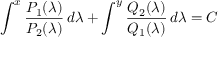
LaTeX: \int ^ { x } { \frac { P _ { 1 } ( \lambda ) } { P _ { 2 } ( \lambda ) } } \, d \lambda + \int ^ { y } { \frac { Q _ { 2 } ( \lambda ) } { Q _ { 1 } ( \lambda ) } } \, d \lambda = C \,